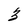
Character: 3